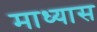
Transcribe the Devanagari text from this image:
माध्यास